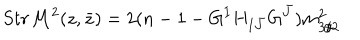
LaTeX: S t r { \cal M } ^ { 2 } ( z , \bar { z } ) = 2 ( n - 1 - G ^ { I } H _ { I { \bar { J } } } G ^ { \bar { J } } ) m _ { 3 / 2 } ^ { 2 }